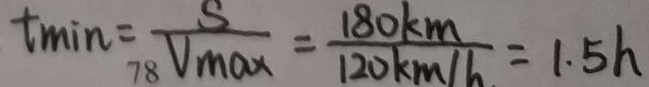
t _ { \min } = \frac { S } { V _ { \max } } = \frac { 1 8 0 k m } { 1 2 0 k m / h } = 1 . 5 h